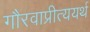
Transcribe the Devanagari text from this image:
गौरवाप्रीत्ययर्थ